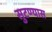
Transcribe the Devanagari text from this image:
सुटण्यास